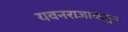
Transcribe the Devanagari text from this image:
यवनराजाकडून